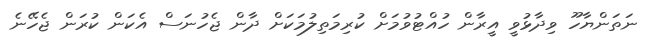
ނަތަންޔާހޫ ވިދާޅުވީ އީރާން ހުއްޓުވުމަށް ކުރިމަތިލުމަކަށް ދާން ޖެހުނަސް އެކަން ކުރަން ޖެހޭނެ